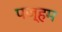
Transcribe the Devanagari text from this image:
पज्हम